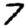
Digit: 7